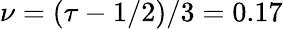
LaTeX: \nu=(\tau-1/2)/3=0.17